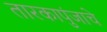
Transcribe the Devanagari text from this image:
तारकापुंजाचे